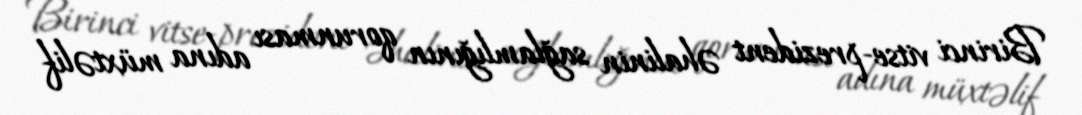
Birinci vitse-prezident əhalinin sağlamlığının qorunması adına müxtəlif